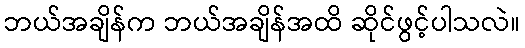
ဘယ်အချိန်က ဘယ်အချိန်အထိ ဆိုင်ဖွင့်ပါသလဲ။